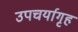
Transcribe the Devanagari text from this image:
उपचर्यागृह